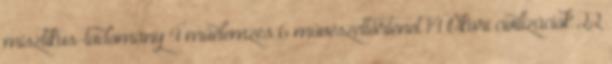
misztikus-tudomány 4 műelemzés 6 művészettörténet 14 Ókori civilizációk 22